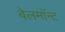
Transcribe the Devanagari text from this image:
बेलमॉन्ट